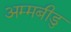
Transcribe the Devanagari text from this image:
अम्मबीडु